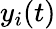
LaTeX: y_{i}(t)